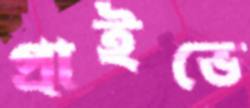
প্রাইভে